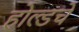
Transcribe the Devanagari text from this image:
होल्डचे